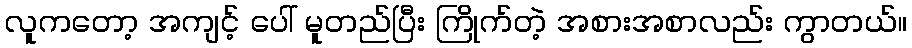
လူကတော့ အကျင့် ပေါ် မူတည်ပြီး ကြိုက်တဲ့ အစားအစာလည်း ကွာတယ်။